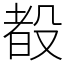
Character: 殾